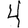
Digit: 4